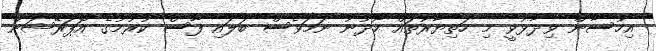
އިހުސާން ވިދާޅުވީ މި ހަތިޔާރުތައް ހޯދުނު ނަމަވެސް ބަލައި ފާސް ކުރުމުގެ އޮޕަރޭޝަން